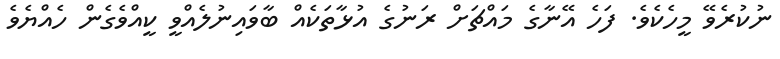
ނުކުރެވޭ މީހެކެވެ. ފަހެ އޭނާގެ މައްޗަށް ރަނުގެ އުޅާތަކެއް ބާވައިނުލެއްވީ ކީއްވެގެން ހެއްޔެވެ